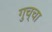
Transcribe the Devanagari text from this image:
गुच्चा